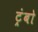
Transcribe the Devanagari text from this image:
ट्रंबो